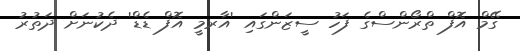
ގޭމް އޮފް ތްރޯންސްގެ ފަހު ސީޒަންގައި 'އާރމީ އޮފް ޑެޑް' ދެކުނަށް ދަތުރު